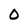
Character: 0